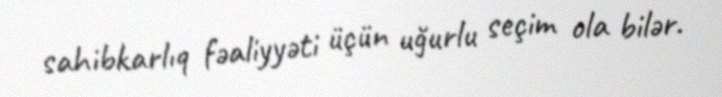
sahibkarlıq fəaliyyəti üçün uğurlu seçim ola bilər.